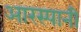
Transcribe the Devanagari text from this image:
आरस्पानी